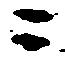
ニ